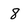
Character: 8